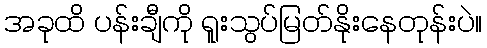
အခုထိ ပန်းချီကို ရူးသွပ်မြတ်နိုးနေတုန်းပဲ။